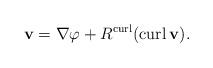
LaTeX: \begin{align*}{\mathbf{v}} = \nabla\varphi+R^{\operatorname{curl}}(\operatorname{curl} {\mathbf{v}}).\end{align*}